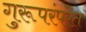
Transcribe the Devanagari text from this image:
गुरूपरंपरेत